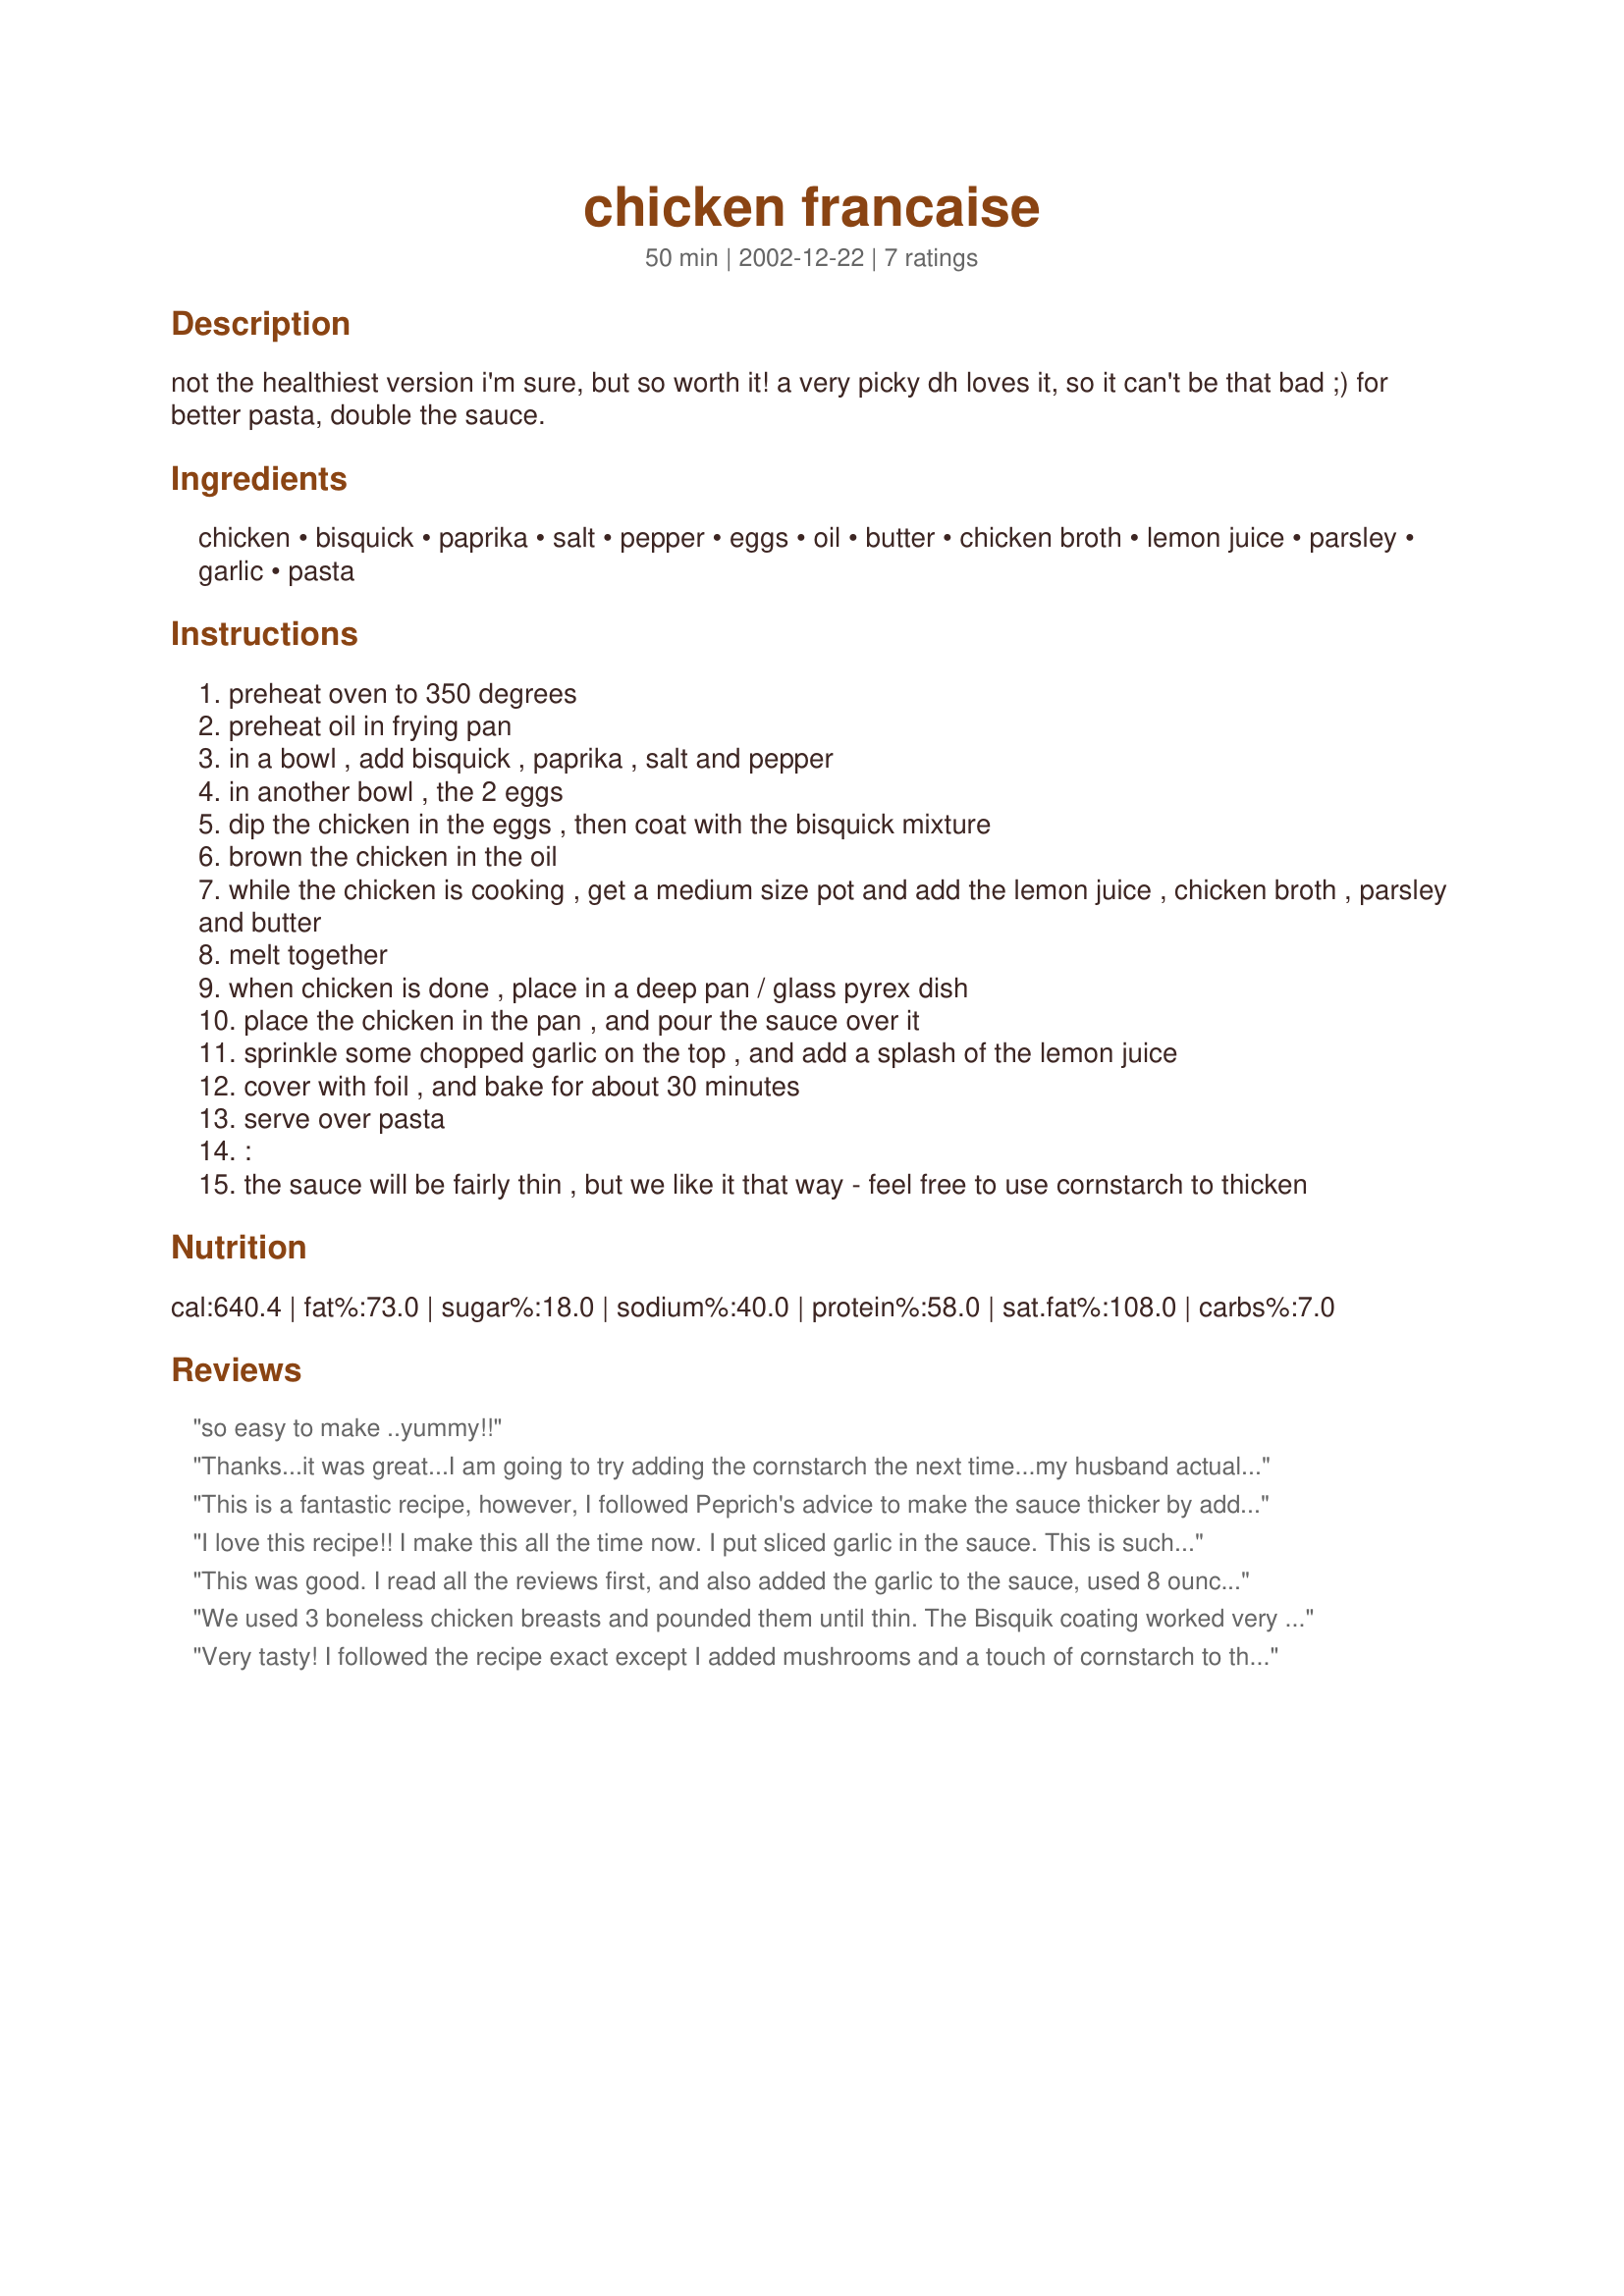
chicken francaise
Preparation time: 50 minutes

not the healthiest version i'm sure, but so worth it! a very picky dh loves it, so it can't be that bad ;) for better pasta, double the sauce.

Ingredients:
chicken, bisquick, paprika, salt, pepper, eggs, oil, butter, chicken broth, lemon juice, parsley, garlic, pasta

Steps:
preheat oven to 350 degrees
preheat oil in frying pan
in a bowl , add bisquick , paprika , salt and pepper
in another bowl , the 2 eggs
dip the chicken in the eggs , then coat with the bisquick mixture
brown the chicken in the oil
while the chicken is cooking , get a medium size pot and add the lemon juice , chicken broth , parsley and butter
melt together
when chicken is done , place in a deep pan / glass pyrex dish
place the chicken in the pan , and pour the sauce over it
sprinkle some chopped garlic on the top , and add a splash of the lemon juice
cover with foil , and bake for about 30 minutes
serve over pasta
:
the sauce will be fairly thin , but we like it that way - feel free to use cornstarch to thicken

Reviews:
so easy to make ..yummy!!
Thanks...it was great...I am going to try adding the cornstarch the next time...my husband actually liked it!!!!!!
This is a fantastic recipe, however, I followed Peprich's advice to make the sauce thicker by adding cornstarch. I also sliced 2 garlic cloves and put them on the chicken before pouring the sauce on it. (We love garlic!) I have also used this recipe to make Shrimp Francaise that is also "out of this world".
I love this recipe!! I make this all the time now. I put sliced garlic in the sauce. This is such an easy recipe, I made this for the after party of my baby's Christening and it was loved by all. Just fry up the chicken, make the sauce the night before keep them seperated until youare ready to put them in the oven.Then, combine, cook and eat!! Chicken Francais is my 16 yr old daughters favorite dish and this is he best she's had. Thanks for sharing!
This was good. I read all the reviews first, and also added the garlic to the sauce, used 8 ounces of chicken stock and 6 ounces of white wine and thickened the sauce. This is a quick and easy meal, as most of us have all the stuff in the house already. I would love to try the mushrooms, but my husband doesn't like them. He's not a fun-ghi!
We used 3 boneless chicken breasts and pounded them until thin. The Bisquik coating worked very well. However, we coated the chicken with Bisquik (with 1/2 t. garlic powder, 1/2 t. paprika, 1/2 t. salt, 1/4 t. pepper) and then in egg. We sauted the chicken in olive oil. For the sauce, we used 2 c. water, 2 chicken bouillon cubes, 1/4 c. butter, 1/4 c. lemon juice, 1/2 c. white wine and parsley, reduced it in the skillet and thickened with a little cornstarch. We poured the sauce over the chicken and baked it for about 5-10 min. We liked the taste and it was relatively easy to make.
Very tasty! I followed the recipe exact except I added mushrooms and a touch of cornstarch to the sauce and I baked it at 425 degrees for 15 minutes to save some time. I thought it was a little more buttery than I normally like francaise. Next time, I would probably reduce the butter and add some white wine. The recipe itself was quick and easy and the directions are written well. Thanks for posting.
